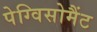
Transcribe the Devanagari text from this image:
पेग्विसोमैंट